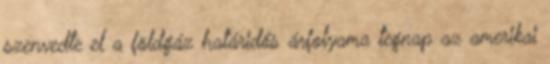
szenvedte el a földgáz határidős árfolyama tegnap az amerikai